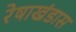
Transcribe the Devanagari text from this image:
रेषाखंडास